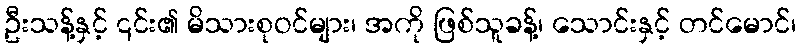
ဦးသန့်နှင့် ၎င်း၏ မိသားစုဝင်များ၊ အကို ဖြစ်သူခန့်၊ သောင်းနှင့် တင်မောင်၊